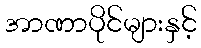
အာဏာပိုင်များနှင့်